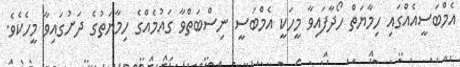
އެމްބަސީއެއްގައި ހިމާޔަތް ހޯދާފައިވާ މީހަކީ އެމްބަސީ ނިސްބަތްވާ ގައުމެއްގެ ހިމާޔަތުގެ ދަށުގައިވާ މީހެކެވެ.